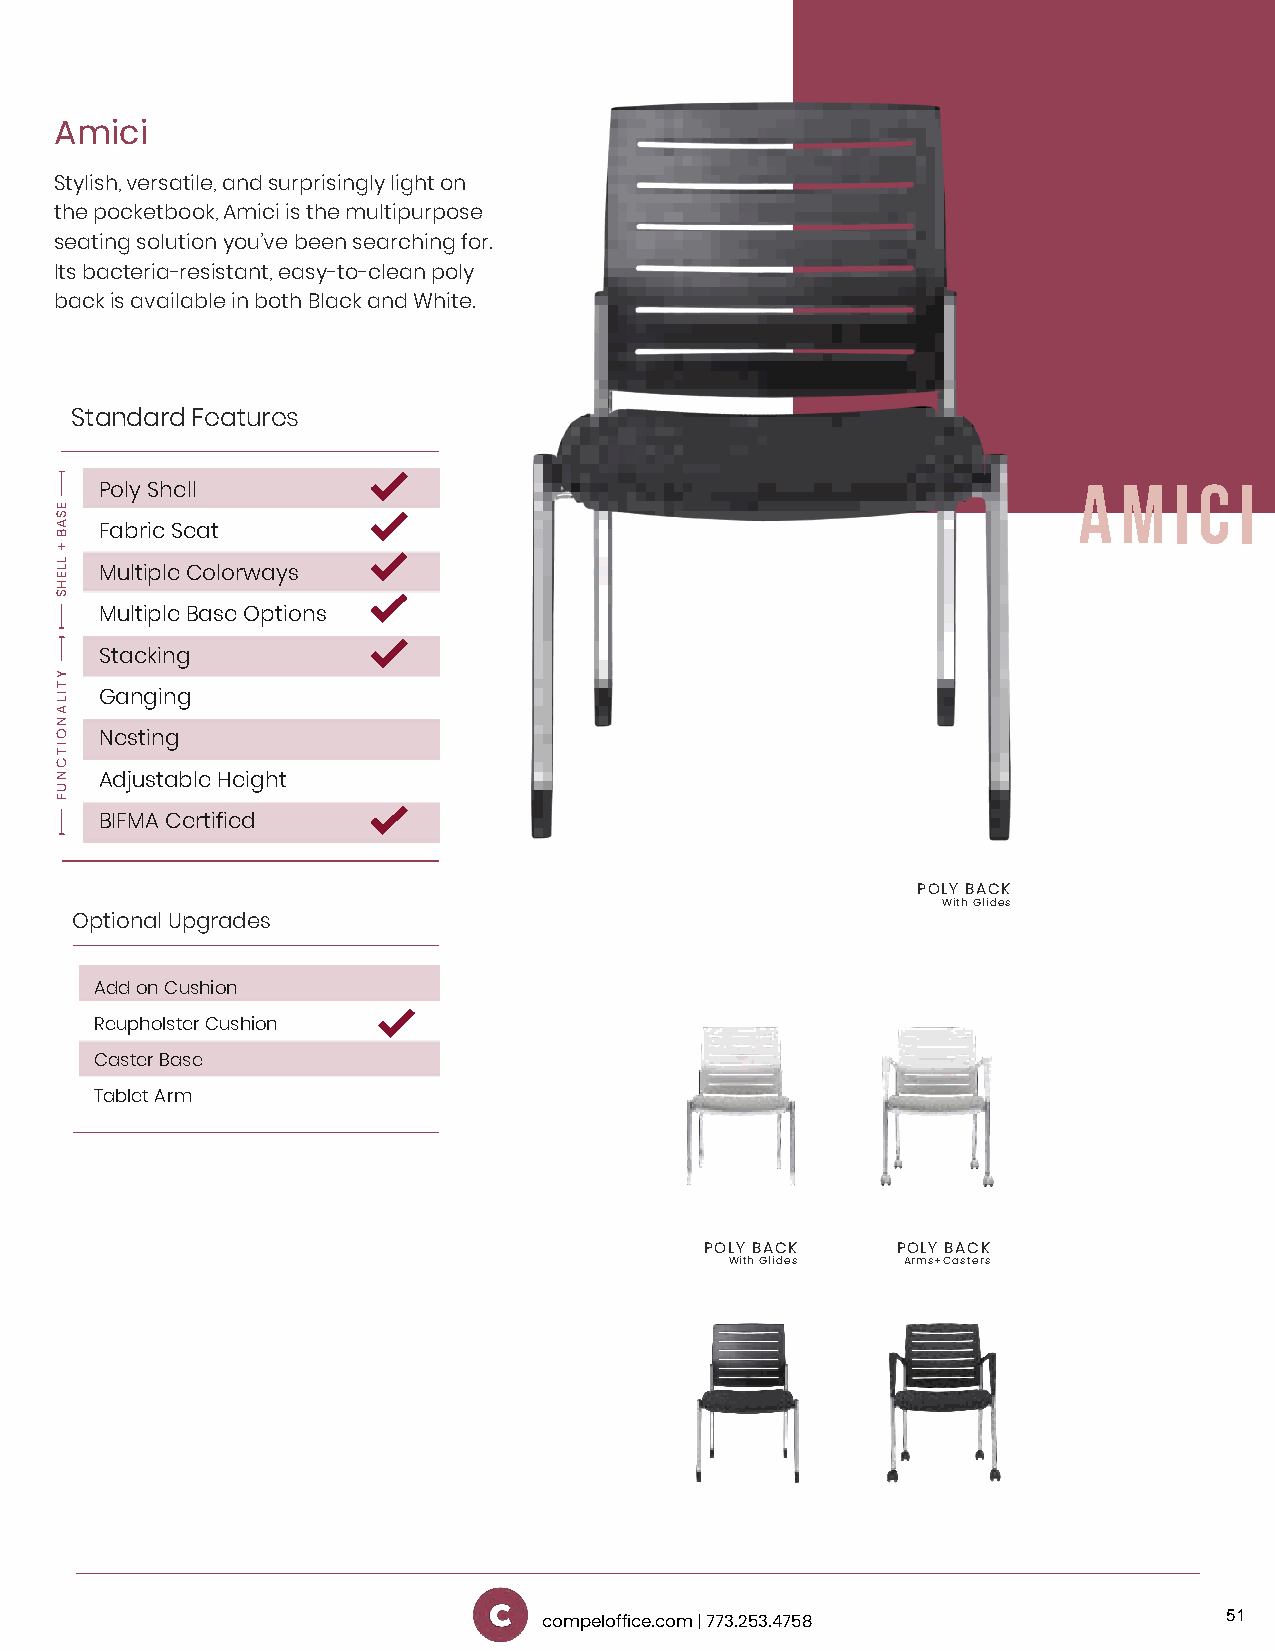
Amici
 Stylish, versatile, and surprisingly light on
 the pocketbook, Amici is the multipurpose
 seating solution you’ve been searching for.
 Its bacteria-resistant, easy-to-clean poly
 back is available in both Black and White.
 Standard Features
 A  M   I C I
 Poly Shell
 Fabric Seat
 Multiple Colorways
 Multiple Base Options
 Stacking
 Ganging
 Nesting
 Adjustable Height
 BIFMA Certified
 POLY BACK
 With Glides
 Optional Upgrades
 Add on Cushion
 Reupholster Cushion
 Caster Base
 Tablet Arm
 POLY BACK   POLY BACK
 With Glides Arms+Casters
 51
 compeloffice.com | 773.253.4758
 ESAB
 +
 LLEHS
 YTILANOITCNUF